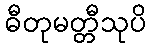
ဓီတုမတ္တီသုပိ